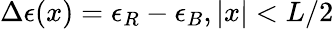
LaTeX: \Delta\epsilon(x)=\epsilon_{R}-\epsilon_{B},|x|<L/2